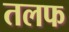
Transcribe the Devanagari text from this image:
तलफ